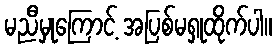
မညီမှုကြောင့် အပြစ်မရှုထိုက်ပါ။